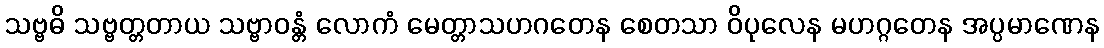
သဗ္ဗဓိ သဗ္ဗတ္တတာယ သဗ္ဗာဝန္တံ လောကံ မေတ္တာသဟဂတေန စေတသာ ဝိပုလေန မဟဂ္ဂတေန အပ္ပမာဏေန